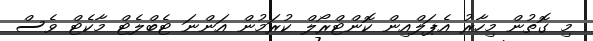
މި ގޮތުން މިހާރު އެޕަލްއިން ކޮންޓްރޯލް ކުރަމުން އަންނަ ޓެބްލެޓް މާކެޓް ވެސް